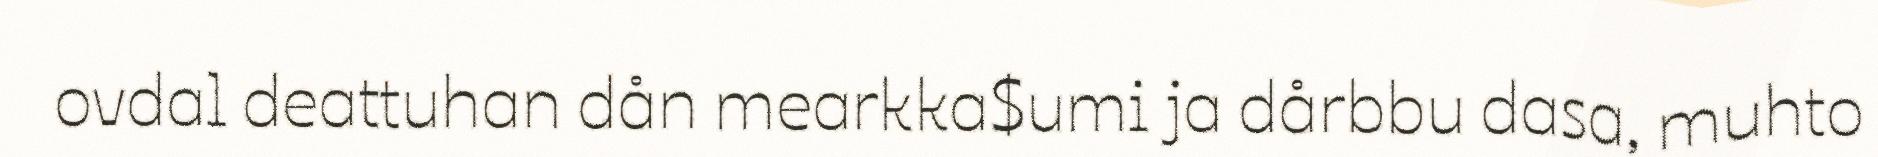
ovdal deattuhan dån mearkka$umi ja dårbbu dasa, muhto